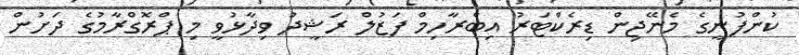
ކުންފުނީގެ މެނޭޖިން ޑިރެކްޓަރު އިބްރާހިމް ފަޒުލް ރަޝީދު ވިދާޅުވީ މި ޕްރޮގްރާމުގެ ދަށުން